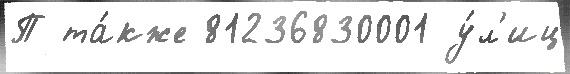
П та́кже 81236830001 у́л'иц